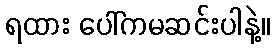
ရထား ပေါ်ကမဆင်းပါနဲ့။